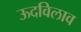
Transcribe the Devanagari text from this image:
ऊदविलाव